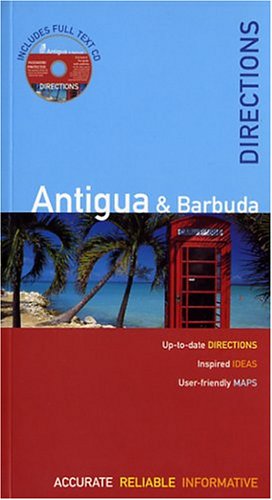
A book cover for The Rough Guides' Antigua Directions 1 (Rough Guide Directions); Adam Vaitilingam; Travel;